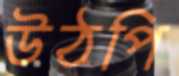
উঠপি